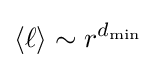
\langle \ell \rangle \sim r^{d_{\mathrm {min} }}